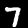
Digit: 7